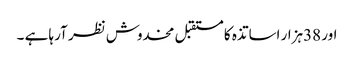
اور 38ہزار اساتذہ کا مستقبل مخدوش نظر آرہا ہے ۔